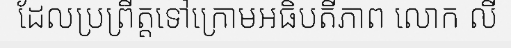
ដែលប្រព្រឹត្តទៅក្រោមអធិបតីភាព លោក លី